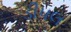
ડીપલ